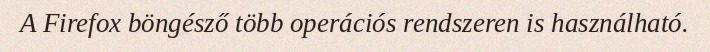
A Firefox böngésző több operációs rendszeren is használható.